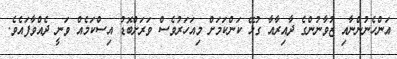
އަންހެނުންނާއި ޒުވާނުންގެ ދާއިރާއާ ގުޅޭ ކަންކަމަށް މިއަހަރުވެސް ވަރަށްބޮޑު އިސްކަމެއް ވަނީ ދެއްވާފައެވެ.